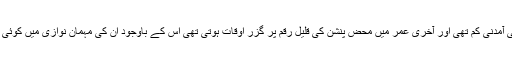
اگرچہ ان کی آمدنی کم تھی اور آخری عمر میں محض پنشن کی قلیل رقم پر گزر اوقات ہوتی تھی اس کے باوجود ان کی مہمان نوازی میں کوئی کمی نہ آئی۔